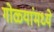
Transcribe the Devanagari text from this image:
गोळ्यांमध्ये